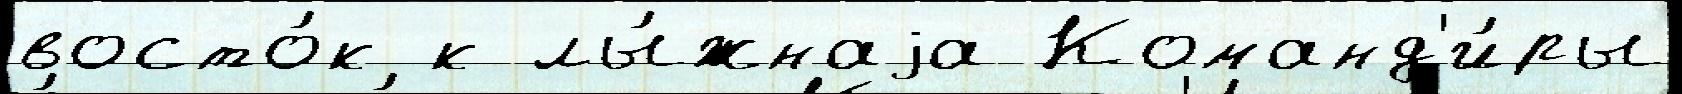
восто́к к лы́жнаjа Команд'и́ры